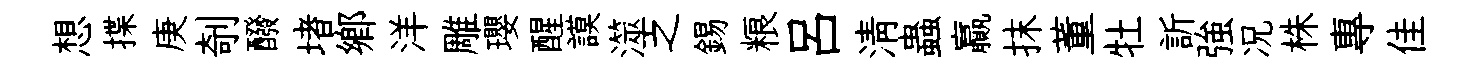
想揲庚剞醱堵鄉洋雕瓔醒謨澨之錫粮吕清蟲贏抹董牡訢強况株專佳